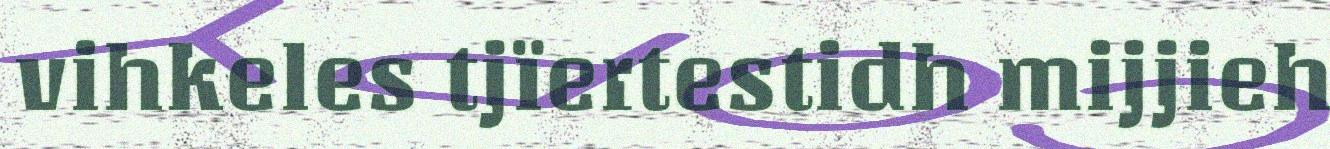
vihkeles tjïertestidh mijjieh